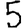
Digit: 5